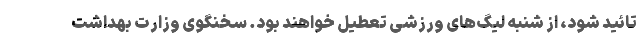
تائید شود، از شنبه لیگ‌های ورزشی تعطیل خواهند بود. سخنگوی وزارت بهداشت